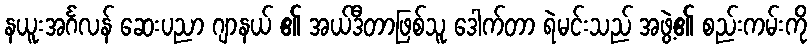
နယူးအင်္ဂလန် ဆေးပညာ ဂျာနယ် ၏ အယ်ဒီတာဖြစ်သူ ဒေါက်တာ ရဲမင်းသည် အဖွဲ့၏ စည်းကမ်းကို